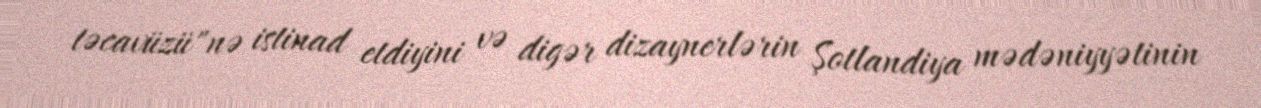
təcavüzü"nə istinad etdiyini və digər dizaynerlərin Şotlandiya mədəniyyətinin